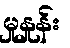
မှုနှုန်း